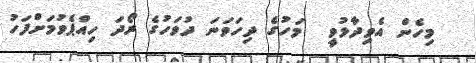
މިހެން އެވިދާޅުވީ  މަހުގެ ދިހަވަނަ ދުވަހުގެ ރޯދަ ހިއްޕެވުމަށްފަހު